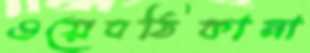
ওয়েবঠিকানা